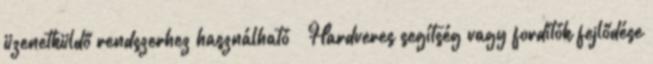
üzenetküldő rendszerhez használható ● Hardveres segítség vagy fordítók fejlődése